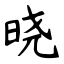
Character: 晓